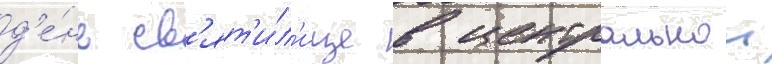
д'е́нь св'ят'и́л'ище в центральнои